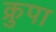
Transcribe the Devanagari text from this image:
क्रुपा